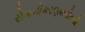
રોમનીકરણશરીરની